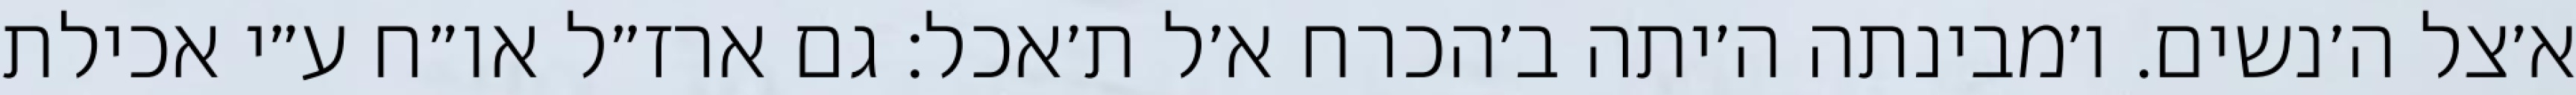
א׳צל ה׳נשים. ו׳מבינתה ה׳יתה ב׳הכרח א׳ל ת׳אכל: גם ארז״ל או״ח ע״י אכילת